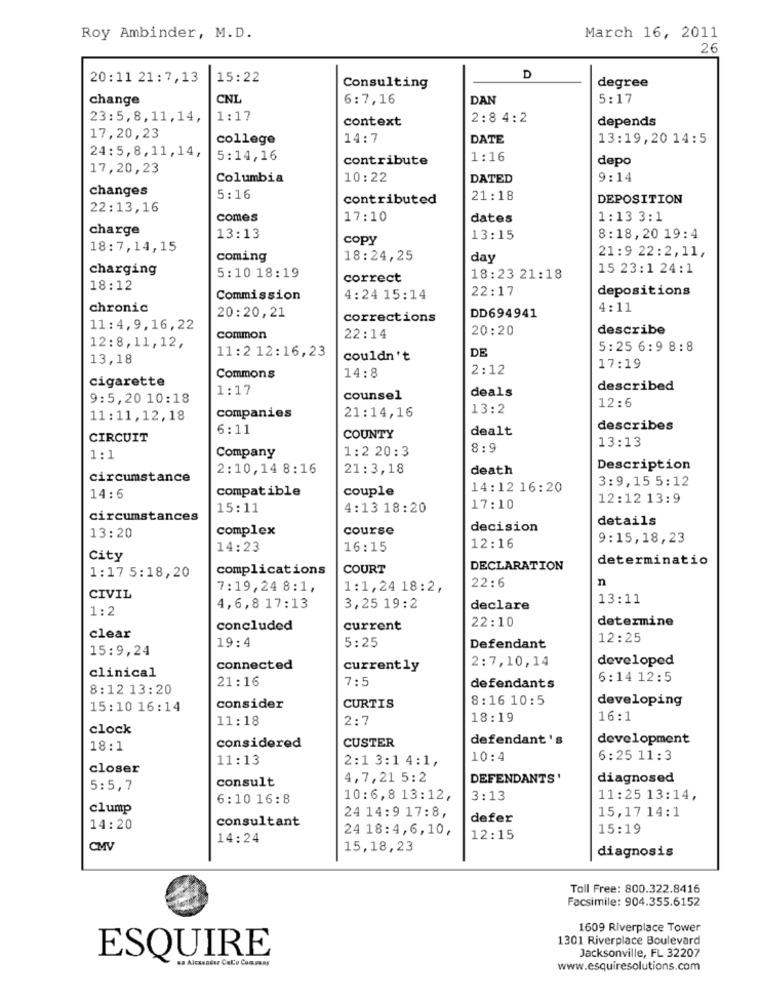
Roy Ambinder, M.D.
March 16, 2011
26
20:11 21:7,13
15:22
D
Consulting
degree
change
CNL
6:7,16
DAN
5:17
23:5,8,11,14,
1:17
context
2:8 4:2
depends
17,20,23
college
14:7
DATE
13:19,20 14:5
24:5,8,11,14,
5:14,16
contribute
1:16
depo
17,20,23
Columbia
10:22
DATED
9:14
changes
5:16
contributed
21:18
DEPOSITION
22:13,16
comes
17:10
dates
1:13 3:1
charge
13:13
Copy
13:15
8:18, 20 19:4
18:7,14,15
21:9 22:2,11,
coming
18:24,25
day
charging
15 23:1 24:1
5:10 18:19
correct
18:23 21:18
18:12
22:17
depositions
Commission
4:24 15:14
chronic
4:11
20:20,21
corrections
DD694941
11:4, 9, 16, 22
20:20
describe
common
22:14
12:8,11,12,
11:2 12:16,23
DE
5:25 6:9 8:8
13,18
couldn't
14:8
2:12
17:19
cigarette
Commons
1:17
deals
described
9:5,20 10:18
counsel
12:6
21:14,16
13:2
11:11,12,18
companies
6:11
dealt
describes
CIRCUIT
COUNTY
13:13
1:2 20:3
8:9
1:1
Company
2:10,14 8:16
21:3,18
death
Description
circumstance
3:9,15 5:12
couple
14:12 16:20
14:6
compatible
12:12 13:9
15:11
4:13 18:20
17:10
circumstances
details
complex
course
decision
13:20
9:15,18,23
14:23
16:15
12:16
City
determinatio
complications
COURT
DECLARATION
1:17 5:18,20
n
7:19,24 8:1,
1:1,24 18:2,
22:6
CIVIL
13:11
1:2
4,6,8 17:13
3,25 19:2
declare
22:10
determine
concluded
current
clear
19:4
5:25
12:25
15:9,24
Defendant
2:7,10,14
developed
clinical
connected
currently
21:16
7:5
6:14 12:5
8:12 13:20
defendants
8:16 10:5
developing
15:10 16:14
consider
CURTIS
11:18
2:7
18:19
16:1
clock
CUSTER
defendant's
development
18:1
considered
11:13
2:1 3:1 4:1,
10:4
6:25 11:3
closer
consult
4,7,21 5:2
DEFENDANTS'
diagnosed
5:5,7
6:10 16:8
10:6,8 13:12,
3:13
11:25 13:14,
clump
15,17 14:1
consultant
24 14:9 17:8,
defer
14:20
24 18:4,6,10,
15:19
14:24
12:15
CMV
15,18,23
diagnosis
Toll Free: 800.322.8416
Facsimile: 904.355.6152
1609 Riverplace Tower
1301 Riverplace Boulevard
Jacksonville, FL 32207
ESQUIRE
www.esquiresolutions.com